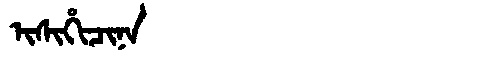
Manchu: ᡳᠰᡳᡥᡳᠴᡳᠨᠠ
Romanization: ISIHICINA